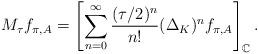
LaTeX: \begin{align*}M_{\tau}f_{\pi,A}=\left[ \sum_{n=0}^{\infty}\frac{(\tau/2)^{n}}{n!}(\Delta_{K})^{n}f_{\pi,A}\right] _{\mathbb{C}}.\end{align*}